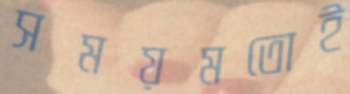
সময়মতোই